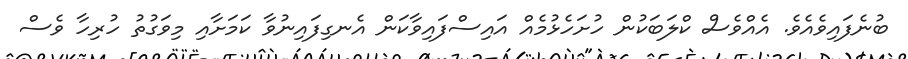
ބުނެފައިވެއެވެ. އެއްވެސް ކްލަބަކުން ހުށަހެޅުމެއް އައިސްފައިވާކަން އެނގިފައިނުވާ ކަމަށާއި މިވަގުތު ހުރިހާ ވެސް